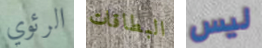
الرئوي البطاقات ليس